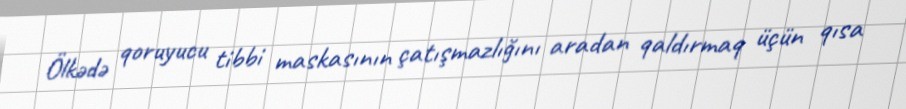
Ölkədə qoruyucu tibbi maskasının çatışmazlığını aradan qaldırmaq üçün qısa